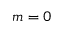
m = 0